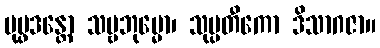
ပုပ္ဖဒန္တော သဗ္ဗဘုမ္မော၊ သုပ္ပတီကော ဒိသာဂဇာ။